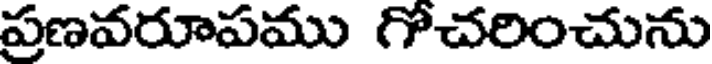
ప్రణవరూపము గోచరించును